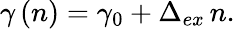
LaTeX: \gamma\left(n\right)=\gamma_{0}+\Delta_{ex}\, n.